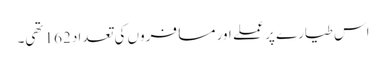
اس طیارے پر عملے اور مسافروں کی تعداد 162 تھی۔